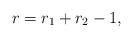
LaTeX: \begin{align*}r = r_1+r_2-1,\end{align*}